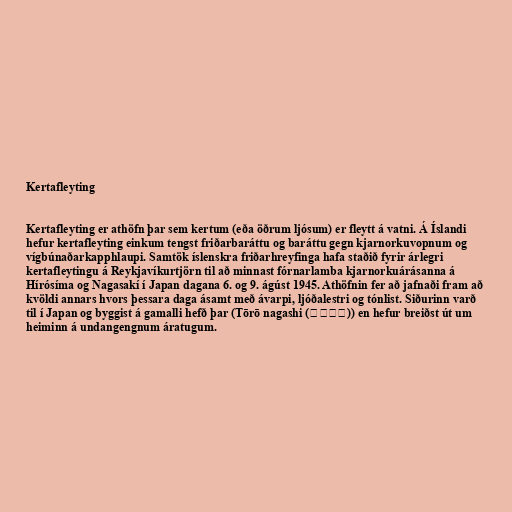
Kertafleyting

Kertafleyting er athöfn þar sem kertum (eða öðrum ljósum) er fleytt á vatni. Á Íslandi
hefur kertafleyting einkum tengst friðarbaráttu og baráttu gegn kjarnorkuvopnum og
vígbúnaðarkapphlaupi. Samtök íslenskra friðarhreyfinga hafa staðið fyrir árlegri
kertafleytingu á Reykjavíkurtjörn til að minnast fórnarlamba kjarnorkuárásanna á
Hírósíma og Nagasakí í Japan dagana 6. og 9. ágúst 1945. Athöfnin fer að jafnaði fram að
kvöldi annars hvors þessara daga ásamt með ávarpi, ljóðalestri og tónlist. Siðurinn varð
til í Japan og byggist á gamalli hefð þar (Tōrō nagashi (灯籠流し)) en hefur breiðst út um
heiminn á undangengnum áratugum.